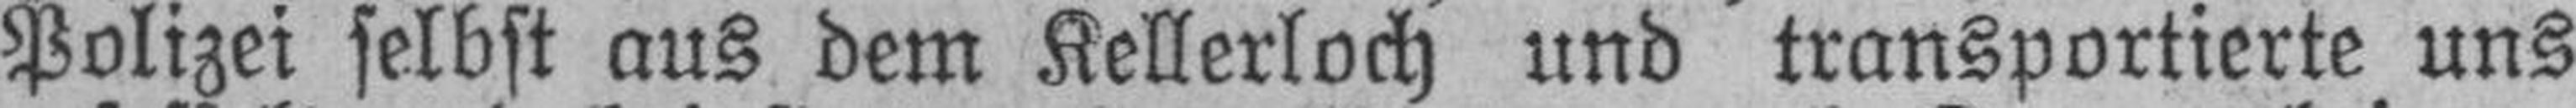
Polizei selbst aus dem Kellerloch und transportierte uns